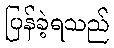
ပြန်ခဲ့ရသည်